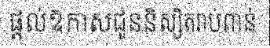
ផ្តល់ឱកាសជូននិស្សិតរាប់ពាន់